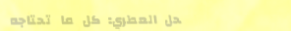
محل العطري: كل ما تحتاجه